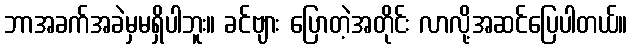
ဘာအခက်အခဲမှမရှိပါဘူး။ ခင်ဗျား ပြောတဲ့အတိုင်း လာလို့အဆင်ပြေပါတယ်။